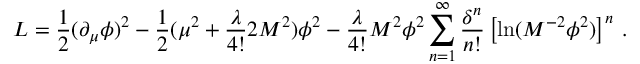
{ \cal L } = \frac { 1 } { 2 } ( \partial _ { \mu } \phi ) ^ { 2 } - \frac { 1 } { 2 } ( \mu ^ { 2 } + \frac { \lambda } { 4 ! } 2 M ^ { 2 } ) \phi ^ { 2 } - \frac { \lambda } { 4 ! } M ^ { 2 } \phi ^ { 2 } \sum _ { n = 1 } ^ { \infty } \frac { \delta ^ { n } } { n ! } \left[ \ln ( M ^ { - 2 } \phi ^ { 2 } ) \right] ^ { n } \: .